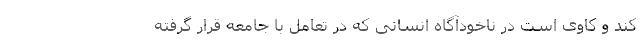
کند و کاوی است در ناخودآگاه انسانی که در تعامل با جامعه قرار گرفته